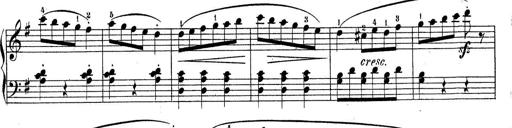
Title: Sonatine No.3
Composer: Peter Piel
Key: D major